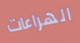
الهراءات